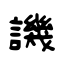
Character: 譏